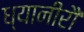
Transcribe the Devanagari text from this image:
ध्यानीरौ